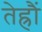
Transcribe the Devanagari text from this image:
तेह्रौं